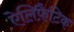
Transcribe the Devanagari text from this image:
ऐलिफ़ैटिक